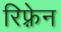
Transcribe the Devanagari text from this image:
रिफ़्रेन